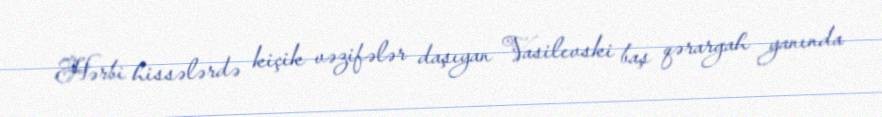
Hərbi hissələrdə kiçik vəzifələr daşıyan Vasilevski baş qərargah yanında